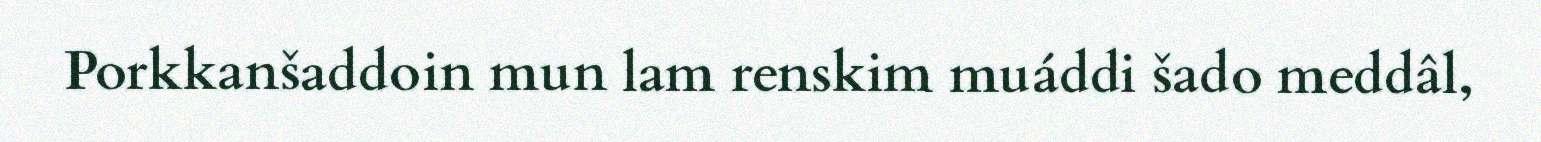
Porkkanšaddoin mun lam renskim muáddi šado meddâl,